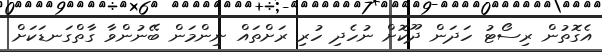
އެގޮތުން ރިސޯޓު ހަދަން ދޫކޮށް ނުހެދި ހުރި ރަށްތައް ނިންމަން ބޭނުންވާ ގާތްގަނޑަކަށް